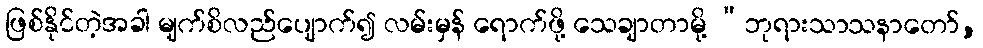
ဖြစ်နိုင်တဲ့အခါ မျက်စိလည်ပျောက်၍ လမ်းမှန် ရောက်ဖို့ သေချာတာမို့ “ဘုရားသာသနာတော်,